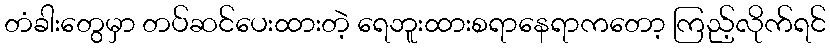
တံခါးတွေမှာ တပ်ဆင်ပေးထားတဲ့ ရေဘူးထားစရာနေရာကတော့ ကြည့်လိုက်ရင်